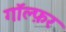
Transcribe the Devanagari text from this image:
गॉल्फ़र